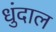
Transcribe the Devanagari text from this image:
धुंदाल